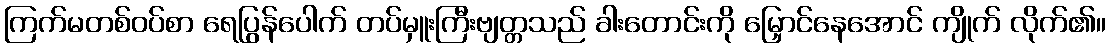
ကြက်မတစ်ဝပ်စာ ရေပြွန်ပေါက် တပ်မှူးကြီးဗျတ္တသည် ခါးတောင်းကို မြှောင်နေအောင် ကျိုက် လိုက်၏။